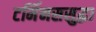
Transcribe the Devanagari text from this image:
टर्मिनससुद्धा